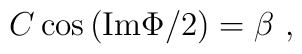
C \cos{({\rm Im} \Phi /2)} = \beta \ ,